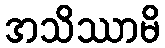
အသိဿာမိ